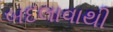
બદલાવાથી